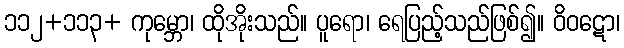
၁၁၂+၁၁၃+ ကုမ္ဘော၊ ထိုအိုးသည်။ ပူရော၊ ရေပြည့်သည်ဖြစ်၍။ ဝိဝဋော၊